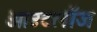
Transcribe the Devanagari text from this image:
आउटलॉज